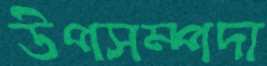
উপসম্পদা